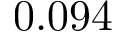
0 . 0 9 4